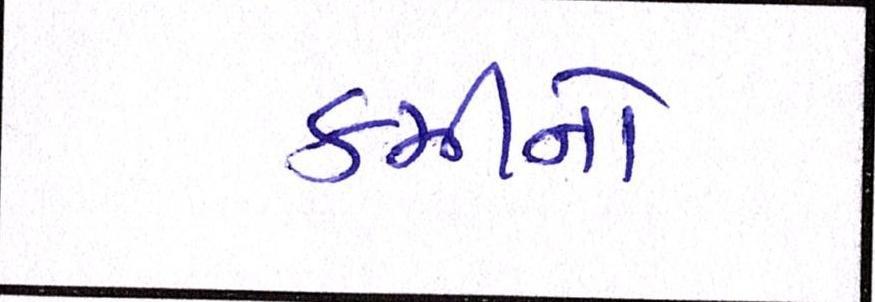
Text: કમીનો